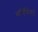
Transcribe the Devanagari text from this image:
सर्व्हिसेसने